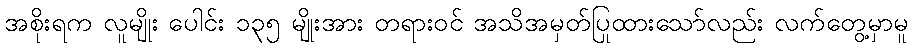
အစိုးရက လူမျိုး ပေါင်း ၁၃၅ မျိုးအား တရားဝင် အသိအမှတ်ပြုထားသော်လည်း လက်တွေ့မှာမူ